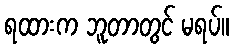
ရထားက ဘူတာတွင် မရပ်။